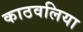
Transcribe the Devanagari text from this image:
काठवलिया